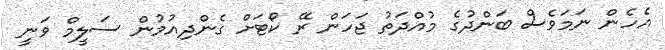
އެހެން ނަމަވެސް ބަންދުގެ މުއްދަތު ޖަހަން ރޭ ކޯޓަށް ގެންދިއުމުން ސަލީމް ވަނީ